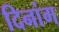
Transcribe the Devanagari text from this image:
दिनांग